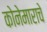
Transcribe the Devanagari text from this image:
कोनेमाराचे